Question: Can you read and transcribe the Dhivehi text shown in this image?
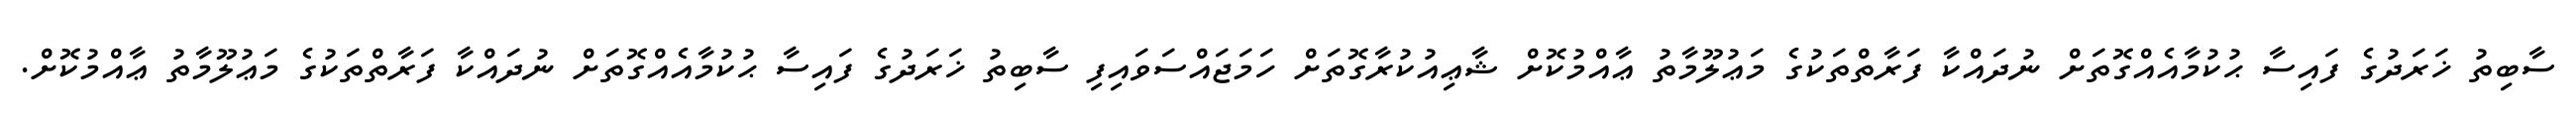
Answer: ސާބިތު ޚަރަދުގެ ފައިސާ ޙުކުމާއެއްގޮތަށް ނުދައްކާ ފަރާތްތަކުގެ މަޢުލޫމާތު ޢާއްމުކޮށް ޝާޢިއުކުރާގޮތަށް ހަމަޖައްސަވައިފި ސާބިތު ޚަރަދުގެ ފައިސާ ޙުކުމާއެއްގޮތަށް ނުދައްކާ ފަރާތްތަކުގެ މަޢުލޫމާތު ޢާއްމުކޮށް.